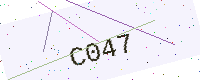
Text: C047